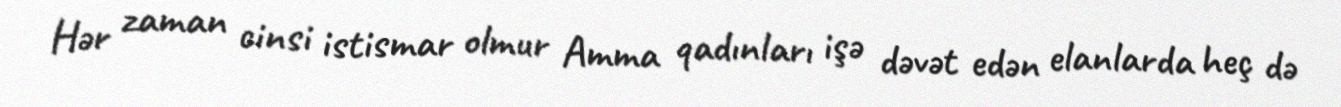
Hər zaman cinsi istismar olmur Amma qadınları işə dəvət edən elanlarda heç də